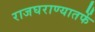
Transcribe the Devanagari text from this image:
राजघराण्यातर्फे